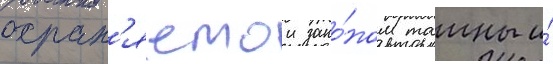
охран'яемои зако́ном таины и́